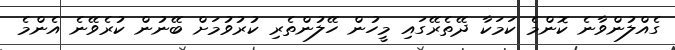
ގެއްލުންވާނެ ކޮންމެ ކަމަކާ ދޭތެރޭގައި މީހުން ހޭލުންތެރި ކުރުވުމަށް ބޭނުން ކުރެވޭނެ އެންމެ